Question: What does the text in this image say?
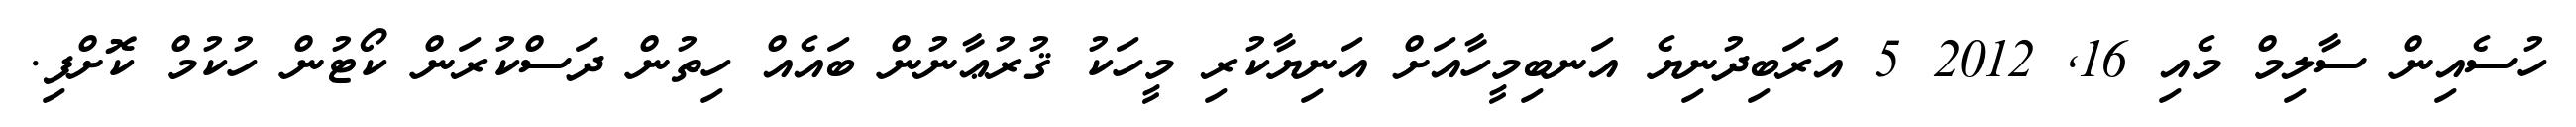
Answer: ހުސެއިން ސާލިމް މެއި 16, 2012 5 އަރަބިދުނިޔެ އަނބިމީހާއަށް އަނިޔާކުރި މީހަކު ޤުރުޢާނުން ބައެއް ހިތުން ދަސްކުރަން ކޯޓުން ހުކުމް ކޮށްފި.